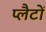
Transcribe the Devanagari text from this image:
प्लैटों